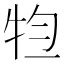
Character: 𤙊